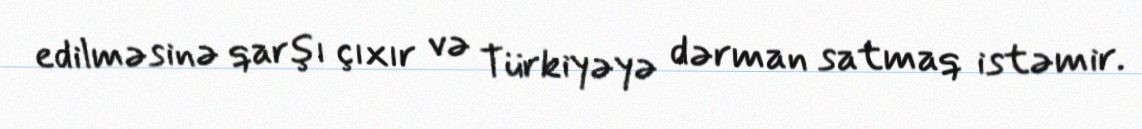
edilməsinə qarşı çıxır və Türkiyəyə dərman satmaq istəmir.